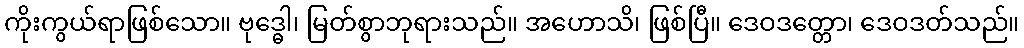
ကိုးကွယ်ရာဖြစ်သော။ ဗုဒ္ဓေါ၊ မြတ်စွာဘုရားသည်။ အဟောသိ၊ ဖြစ်ပြီ။ ဒေဝဒတ္တော၊ ဒေဝဒတ်သည်။